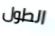
الطول